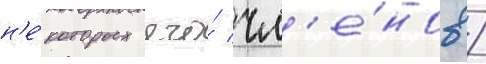
н'е́которых его́ чл'е́нов /